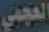
العجمي